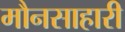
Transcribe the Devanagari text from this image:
मौनसाहारी